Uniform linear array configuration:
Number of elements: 48
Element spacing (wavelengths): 0.75
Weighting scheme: binomial
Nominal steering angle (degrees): -60
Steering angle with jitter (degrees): -59.398
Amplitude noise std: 0.05
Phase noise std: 0.05

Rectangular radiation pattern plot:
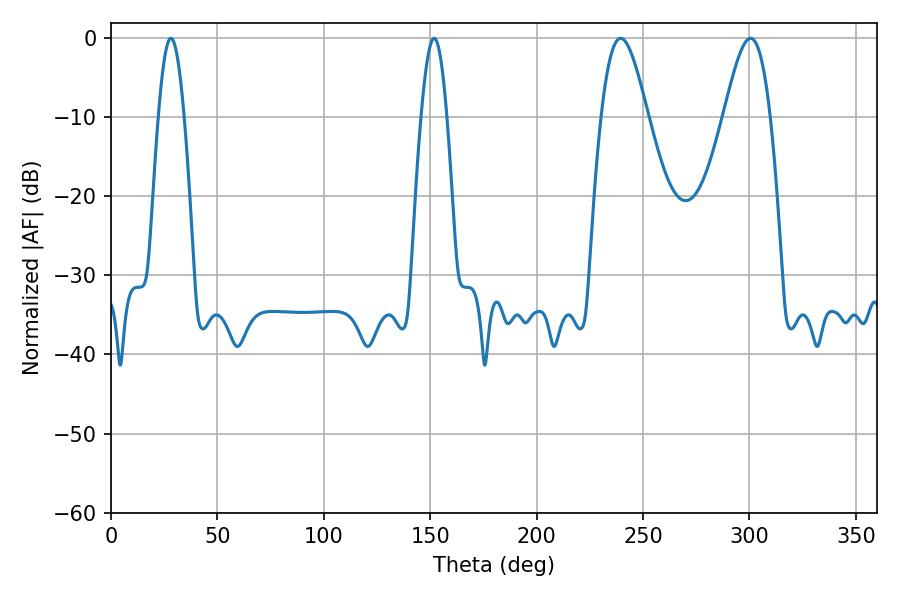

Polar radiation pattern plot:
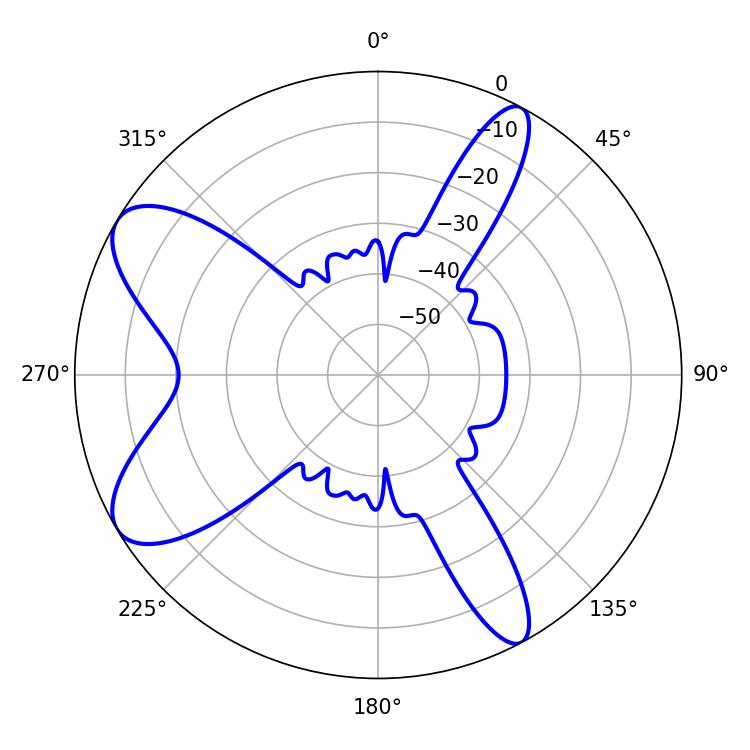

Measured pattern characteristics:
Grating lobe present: TRUE
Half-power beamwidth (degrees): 11.7
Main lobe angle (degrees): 239.4